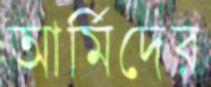
আর্মিদের